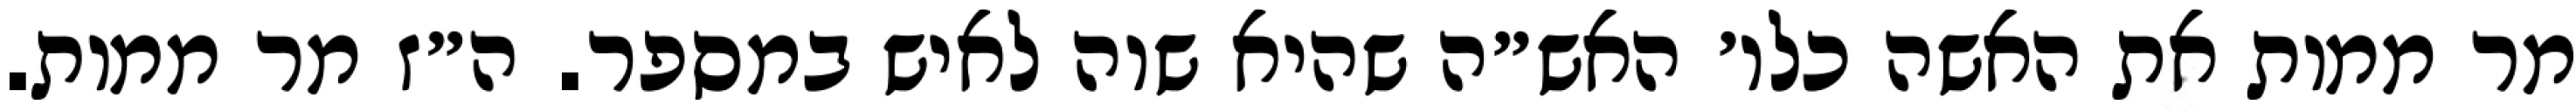
מר ממות את האשה כלו׳ האש״ה שהיא שוה לאיש במספר. ה״ז מר ממות.